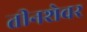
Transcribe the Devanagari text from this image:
तीनशेवर